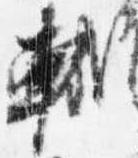
軾